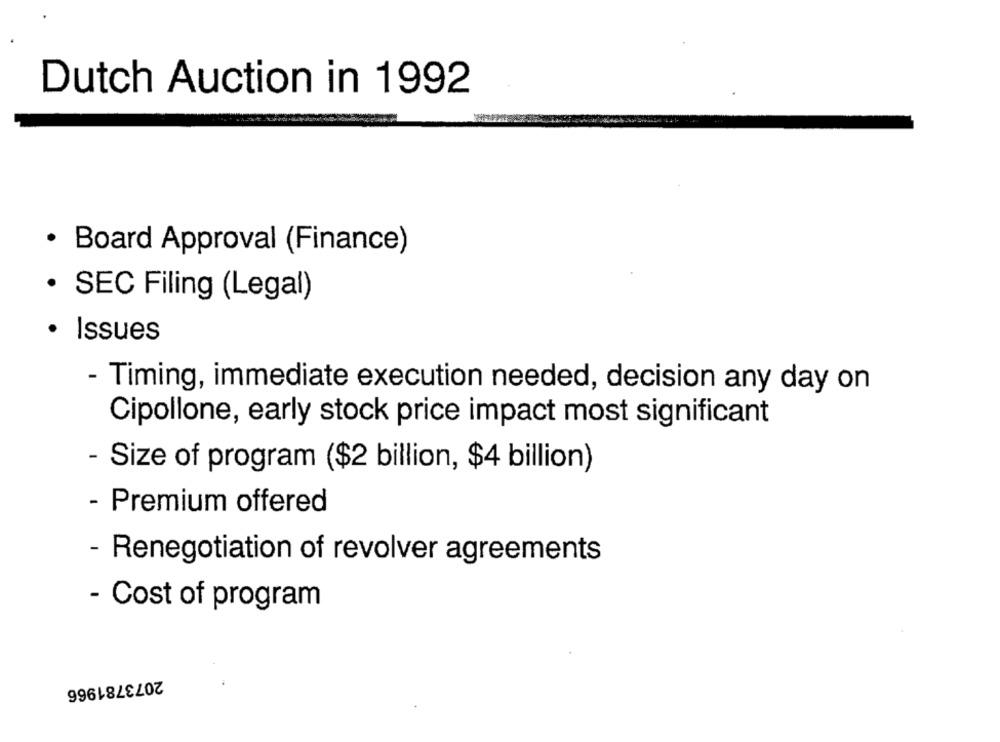
Dutch Auction in 1992
· Board Approval (Finance)
· SEC Filing (Legal)
Issues
- Timing, immediate execution needed, decision any day on
Cipollone, early stock price impact most significant
- Size of program ($2 billion, $4 billion)
- Premium offered
- Renegotiation of revolver agreements
- Cost of program
2073781966